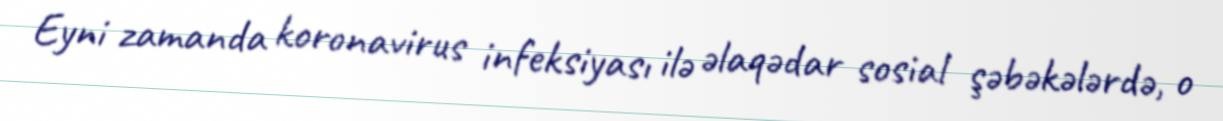
Eyni zamanda koronavirus infeksiyası ilə əlaqədar sosial şəbəkələrdə, o